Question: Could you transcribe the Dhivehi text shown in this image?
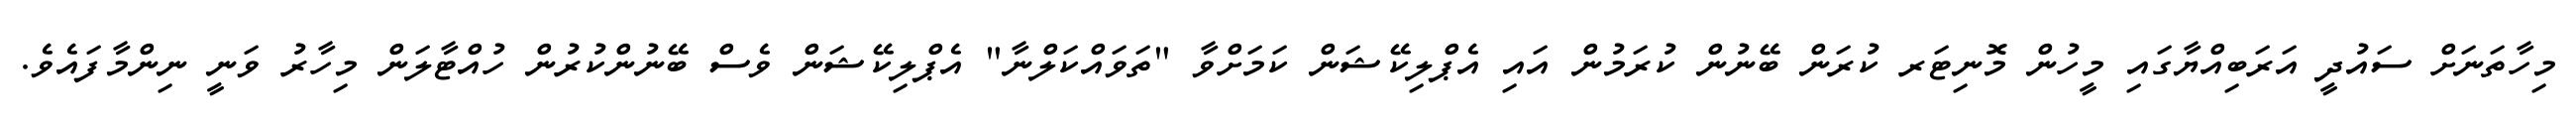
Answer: މިހާތަނަށް ސައުދީ އަރަބިއްޔާގައި މީހުން މޮނިޓަރ ކުރަން ބޭނުން ކުރަމުން އައި އެޕްލިކޭޝަން ކަމަށްވާ "ތަވައްކަލްނާ" އެޕްލިކޭޝަން ވެސް ބޭނުންކުރުން ހުއްޓާލަން މިހާރު ވަނީ ނިންމާފައެވެ.